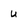
Character: u